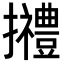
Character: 𢹿